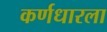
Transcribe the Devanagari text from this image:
कर्णधारला